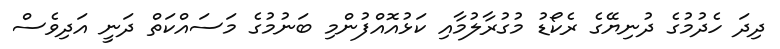
ދިދަ ހެދުމުގެ ދުނިޔޭގެ ރެކޯޑު މުގުރާލުމާއި ކަޅުއޮއްފުންމި ބަނުމުގެ މަސައްކަތް ދަނީ އަދިވެސް